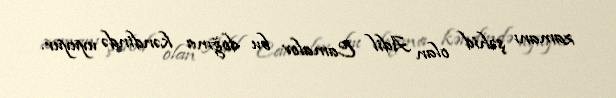
zamanı şəhid olan Adil Camalov bu doğma kəndində uyuyur.